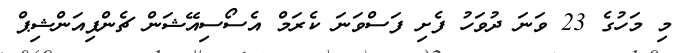
މި މަހުގެ 23 ވަނަ ދުވަހު ފެށި ފަސްވަނަ ކެރަމް އެސޯސިއޭޝަން ޗެންޕިއަންޝިޕް